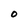
Character: 0